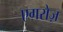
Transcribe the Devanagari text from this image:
एगरोज़